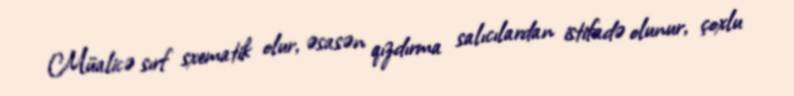
Müalicə sırf sxematik olur, əsasən qızdırma salıcılardan istifadə olunur, çoxlu